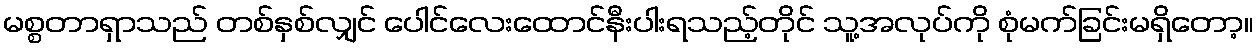
မစ္စတာရှာသည် တစ်နှစ်လျှင် ပေါင်လေးထောင်နီးပါးရသည့်တိုင် သူ့အလုပ်ကို စုံမက်ခြင်းမရှိတော့။